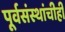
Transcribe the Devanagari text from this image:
पूर्वसंस्थांचीही